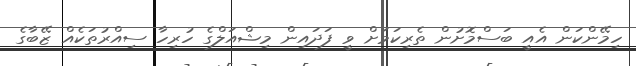
ހިމޭންކަން އެއީ ބަސްމޮށުން ތެރިކަމަށް ވީ ފަދައިން މިޝްއަލްގެ ހުރިހާ ސިއްރުތަކެއް ޒޭބާގެ